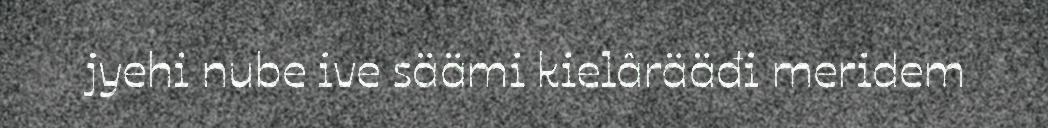
jyehi nube ive säämi kielârääđi meridem